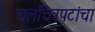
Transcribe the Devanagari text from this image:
चलचित्रपटांचा